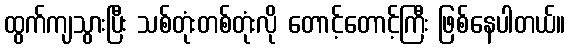
ထွက်ကျသွားပြီး သစ်တုံးတစ်တုံးလို တောင့်တောင့်ကြီး ဖြစ်နေပါတယ်။